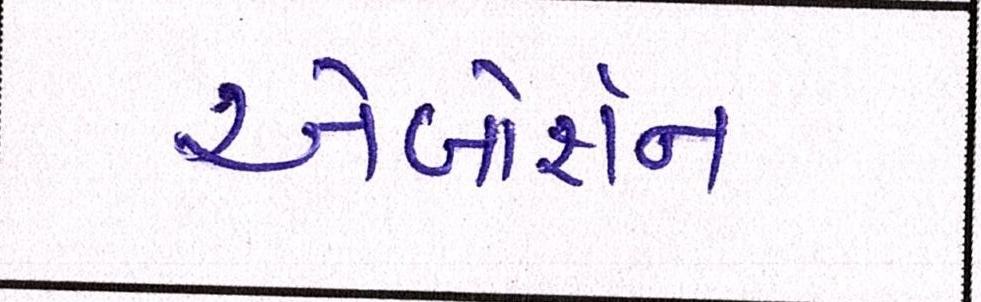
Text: એબોર્શન